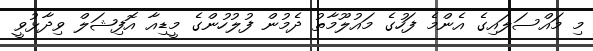
މި މައްސަލައިގެ އެންމެ ފަހުގެ މައުލޫމާތު ދެމުން ފުލުހުންގެ މީޑިއާ އޮފިޝަލް ވިދާޅުވީ